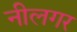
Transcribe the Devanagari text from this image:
नीलगर